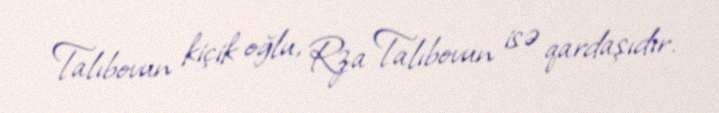
Talıbovun kiçik oğlu, Rza Talıbovun isə qardaşıdır.